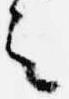
之